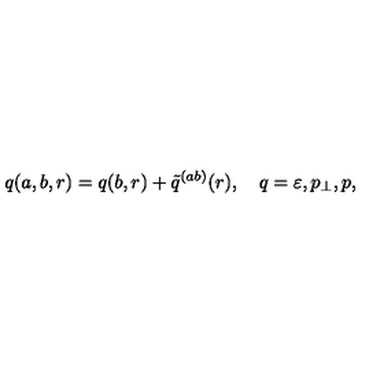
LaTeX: q ( a , b , r ) = q ( b , r ) + \tilde { q } ^ { ( a b ) } ( r ) , \quad q = \varepsilon , p _ { \perp } , p ,